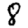
Digit: 8